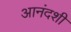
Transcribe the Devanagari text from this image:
आनंदशी